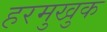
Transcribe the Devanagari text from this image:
हरमुखुक